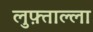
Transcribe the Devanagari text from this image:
लुफ़्ताल्ला